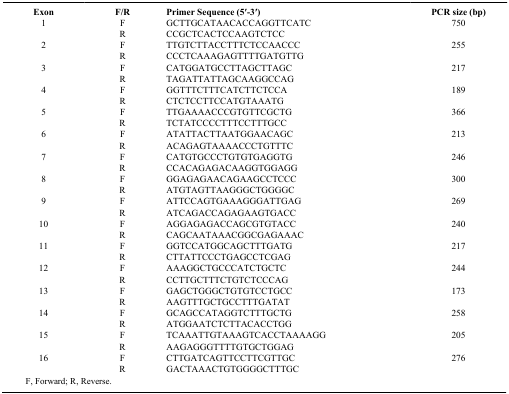
<table><thead><tr><td><b>Exon</b></td><td><b>F/R</b></td><td><b>Primer Sequence (5′-3′)</b></td><td><b>PCR size (bp)</b></td></tr></thead><tbody><tr><td>1</td><td>F</td><td>GCTTGCATAACACCAGGTTCATC</td><td>750</td></tr><tr><td> </td><td>R</td><td>CCGCTCACTCCAAGTCTCC</td><td> </td></tr><tr><td>2</td><td>F</td><td>TTGTCTTACCTTTCTCCAACCC</td><td>255</td></tr><tr><td> </td><td>R</td><td>CCCTCAAAGAGTTTTGATGTTG</td><td> </td></tr><tr><td>3</td><td>F</td><td>CATGGATGCCTTAGCTTAGC</td><td>217</td></tr><tr><td> </td><td>R</td><td>TAGATTATTAGCAAGGCCAG</td><td> </td></tr><tr><td>4</td><td>F</td><td>GGTTTCTTTCATCTTCTCCA</td><td>189</td></tr><tr><td> </td><td>R</td><td>CTCTCCTTCCATGTAAATG</td><td> </td></tr><tr><td>5</td><td>F</td><td>TTGAAAACCCGTGTTCGCTG</td><td>366</td></tr><tr><td> </td><td>R</td><td>TCTATCCCCTTTCCTTTGCC</td><td> </td></tr><tr><td>6</td><td>F</td><td>ATATTACTTAATGGAACAGC</td><td>213</td></tr><tr><td> </td><td>R</td><td>ACAGAGTAAAACCCTGTTTC</td><td> </td></tr><tr><td>7</td><td>F</td><td>CATGTGCCCTGTGTGAGGTG</td><td>246</td></tr><tr><td> </td><td>R</td><td>CCACAGAGACAAGGTGGAGG</td><td> </td></tr><tr><td>8</td><td>F</td><td>GGAGAGAACAGAAGCCTCCC</td><td>300</td></tr><tr><td> </td><td>R</td><td>ATGTAGTTAAGGGCTGGGGC</td><td> </td></tr><tr><td>9</td><td>F</td><td>ATTCCAGTGAAAGGGATTGAG</td><td>269</td></tr><tr><td> </td><td>R</td><td>ATCAGACCAGAGAAGTGACC</td><td> </td></tr><tr><td>10</td><td>F</td><td>AGGAGAGACCAGCGTGTACC</td><td>240</td></tr><tr><td> </td><td>R</td><td>CAGCAATAAACGGCGAGAAAC</td><td> </td></tr><tr><td>11</td><td>F</td><td>GGTCCATGGCAGCTTTGATG</td><td>217</td></tr><tr><td> </td><td>R</td><td>CTTATTCCCTGAGCCTCGAG</td><td> </td></tr><tr><td>12</td><td>F</td><td>AAAGGCTGCCCATCTGCTC</td><td>244</td></tr><tr><td> </td><td>R</td><td>CCTTGCTTTCTGTCTCCCAG</td><td> </td></tr><tr><td>13</td><td>F</td><td>GAGCTGGGCTGTGTCCTGCC</td><td>173</td></tr><tr><td> </td><td>R</td><td>AAGTTTGCTGCCTTTGATAT</td><td> </td></tr><tr><td>14</td><td>F</td><td>GCAGCCATAGGTCTTTGCTG</td><td>258</td></tr><tr><td> </td><td>R</td><td>ATGGAATCTCTTACACCTGG</td><td> </td></tr><tr><td>15</td><td>F</td><td>TCAAATTGTAAAGTCACCTAAAAGG</td><td>205</td></tr><tr><td> </td><td>R</td><td>AAGAGGGTTTTGTGCTGGAG</td><td> </td></tr><tr><td>16</td><td>F</td><td>CTTGATCAGTTCCTTCGTTGC</td><td>276</td></tr><tr><td> </td><td>R</td><td>GACTAAACTGTGGGGCTTTGC</td><td> </td></tr></tbody></table>